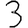
Digit: 3